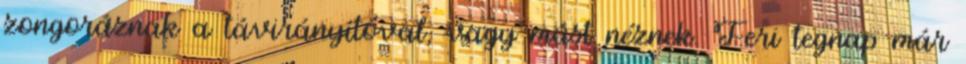
zongoráznak a távirányítóval, vagy mást néznek. Feri tegnap már